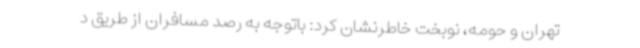
تهران و حومه، نوبخت خاطرنشان کرد: باتوجه به رصد مسافران از طریق د